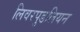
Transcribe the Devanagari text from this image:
लिवरपुडलियन